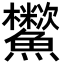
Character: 𩽑